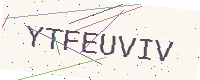
Text: YTFEUVIV